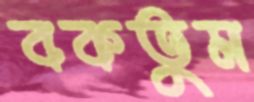
বকতুম